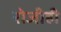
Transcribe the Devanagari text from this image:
रोजीही